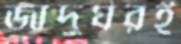
জাদুঘরই